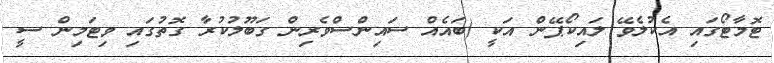
ޓޮމާޓޯގައި އެކުލެވޭ ލައިކޯޕޭން އަކީ (ބައެއް ސައިންސްވެރިން ގަބޫލުކުރާ ގޮތުގައި ވިޓަމިން ސީ